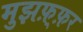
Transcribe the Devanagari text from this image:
मुझफ़्फ़र